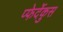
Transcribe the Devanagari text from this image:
प्फेर्देकुस